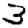
Digit: 3